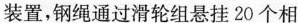
装置，钢绳通过滑轮组悬挂20个相